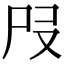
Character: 𡰻